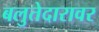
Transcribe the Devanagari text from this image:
बलुतेदारावर